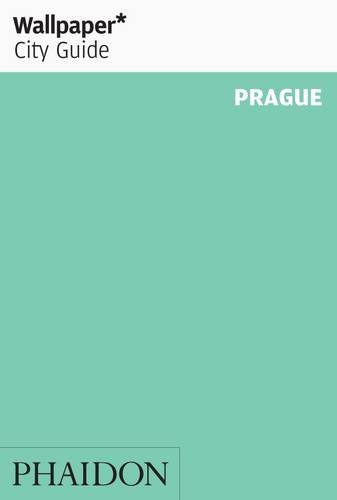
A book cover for Wallpaper* City Guide Prague (Wallpaper City Guides); Travel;